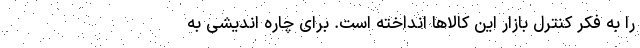
را به فکر کنترل بازار این کالاها انداخته است. برای چاره اندیشی به